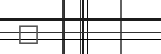
٧